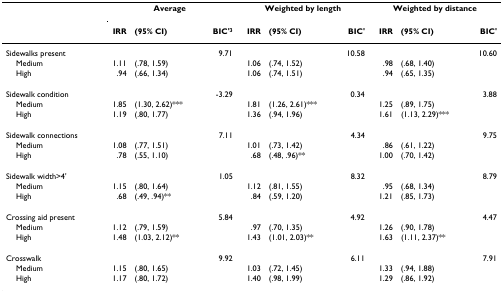
<table><thead><tr><td></td><td colspan="3"><b>Average</b></td><td colspan="3"><b>Weighted by length</b></td><td colspan="3"><b>Weighted by distance</b></td></tr><tr><td></td><td><b>IRR</b></td><td><b>(95% CI)</b></td><td><b>BIC&#x27;<sup>3</sup></b></td><td><b>IRR</b></td><td><b>(95% CI)</b></td><td><b>BIC&#x27;</b></td><td><b>IRR</b></td><td><b>(95% CI)</b></td><td><b>BIC&#x27;</b></td></tr></thead><tbody><tr><td>Sidewalks present</td><td></td><td></td><td>9.71</td><td></td><td></td><td>10.58</td><td></td><td></td><td>10.60</td></tr><tr><td> Medium</td><td>1.11</td><td>(.78, 1.59)</td><td></td><td>1.06</td><td>(.74, 1.52)</td><td></td><td>.98</td><td>(.68, 1.40)</td><td></td></tr><tr><td> High</td><td>.94</td><td>(.66, 1.34)</td><td></td><td>1.06</td><td>(.74, 1.51)</td><td></td><td>.94</td><td>(.65, 1.35)</td><td></td></tr><tr><td>Sidewalk condition</td><td></td><td></td><td>-3.29</td><td></td><td></td><td>0.34</td><td></td><td></td><td>3.88</td></tr><tr><td> Medium</td><td>1.85</td><td>(1.30, 2.62)***</td><td></td><td>1.81</td><td>(1.26, 2.61)***</td><td></td><td>1.25</td><td>(.89, 1.75)</td><td></td></tr><tr><td> High</td><td>1.19</td><td>(.80, 1.77)</td><td></td><td>1.36</td><td>(.94, 1.96)</td><td></td><td>1.61</td><td>(1.13, 2.29)***</td><td></td></tr><tr><td>Sidewalk connections</td><td></td><td></td><td>7.11</td><td></td><td></td><td>4.34</td><td></td><td></td><td>9.75</td></tr><tr><td> Medium</td><td>1.08</td><td>(.77, 1.51)</td><td></td><td>1.01</td><td>(.73, 1.42)</td><td></td><td>.86</td><td>(.61, 1.22)</td><td></td></tr><tr><td> High</td><td>.78</td><td>(.55, 1.10)</td><td></td><td>.68</td><td>(.48, .96)**</td><td></td><td>1.00</td><td>(.70, 1.42)</td><td></td></tr><tr><td>Sidewalk width&gt;4&#x27;</td><td></td><td></td><td>1.05</td><td></td><td></td><td>8.32</td><td></td><td></td><td>8.79</td></tr><tr><td> Medium</td><td>1.15</td><td>(.80, 1.64)</td><td></td><td>1.12</td><td>(.81, 1.55)</td><td></td><td>.95</td><td>(.68, 1.34)</td><td></td></tr><tr><td> High</td><td>.68</td><td>(.49, .94)**</td><td></td><td>.84</td><td>(.59, 1.20)</td><td></td><td>1.21</td><td>(.85, 1.73)</td><td></td></tr><tr><td>Crossing aid present</td><td></td><td></td><td>5.84</td><td></td><td></td><td>4.92</td><td></td><td></td><td>4.47</td></tr><tr><td> Medium</td><td>1.12</td><td>(.79, 1.59)</td><td></td><td>.97</td><td>(.70, 1.35)</td><td></td><td>1.26</td><td>(.90, 1.78)</td><td></td></tr><tr><td> High</td><td>1.48</td><td>(1.03, 2.12)**</td><td></td><td>1.43</td><td>(1.01, 2.03)**</td><td></td><td>1.63</td><td>(1.11, 2.37)**</td><td></td></tr><tr><td>Crosswalk</td><td></td><td></td><td>9.92</td><td></td><td></td><td>6.11</td><td></td><td></td><td>7.91</td></tr><tr><td> Medium</td><td>1.15</td><td>(.80, 1.65)</td><td></td><td>1.03</td><td>(.72, 1.45)</td><td></td><td>1.33</td><td>(.94, 1.88)</td><td></td></tr><tr><td> High</td><td>1.17</td><td>(.80, 1.72)</td><td></td><td>1.40</td><td>(.98, 1.99)</td><td></td><td>1.29</td><td>(.86, 1.92)</td><td></td></tr></tbody></table>